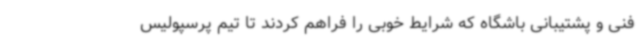
فنی و پشتیبانی باشگاه که شرایط خوبی را فراهم کردند تا تیم پرسپولیس